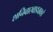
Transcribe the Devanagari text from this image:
शनिवारवाड्याकडे